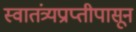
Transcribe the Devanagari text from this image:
स्वातंत्र्यप्राप्तीपासून